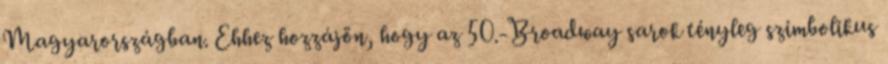
Magyarországban. Ehhez hozzájön, hogy az 50.-Broadway sarok tényleg szimbolikus